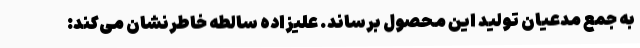
به جمع مدعیان تولید این محصول برساند. علیزاده سالطه خاطرنشان می‌کند: